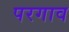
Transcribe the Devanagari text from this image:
परगाव